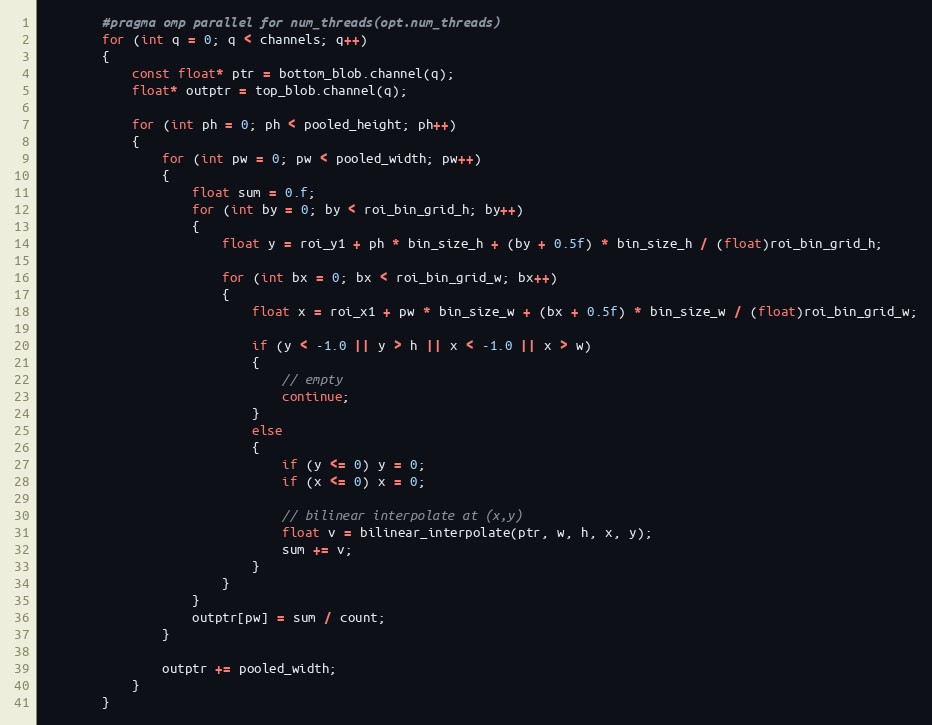
Language: C++
        #pragma omp parallel for num_threads(opt.num_threads)
        for (int q = 0; q < channels; q++)
        {
            const float* ptr = bottom_blob.channel(q);
            float* outptr = top_blob.channel(q);

            for (int ph = 0; ph < pooled_height; ph++)
            {
                for (int pw = 0; pw < pooled_width; pw++)
                {
                    float sum = 0.f;
                    for (int by = 0; by < roi_bin_grid_h; by++)
                    {
                        float y = roi_y1 + ph * bin_size_h + (by + 0.5f) * bin_size_h / (float)roi_bin_grid_h;

                        for (int bx = 0; bx < roi_bin_grid_w; bx++)
                        {
                            float x = roi_x1 + pw * bin_size_w + (bx + 0.5f) * bin_size_w / (float)roi_bin_grid_w;

                            if (y < -1.0 || y > h || x < -1.0 || x > w)
                            {
                                // empty
                                continue;
                            }
                            else
                            {
                                if (y <= 0) y = 0;
                                if (x <= 0) x = 0;

                                // bilinear interpolate at (x,y)
                                float v = bilinear_interpolate(ptr, w, h, x, y);
                                sum += v;
                            }
                        }
                    }
                    outptr[pw] = sum / count;
                }

                outptr += pooled_width;
            }
        }